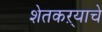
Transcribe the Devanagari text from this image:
शेतकऱ्याचे